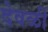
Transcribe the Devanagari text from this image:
देवळीं